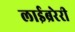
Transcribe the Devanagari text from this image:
लाईब्ररेरी